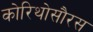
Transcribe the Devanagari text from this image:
कोरिथोसौरस